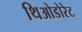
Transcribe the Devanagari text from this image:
थिओडोरेट